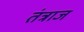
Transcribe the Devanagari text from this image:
तंत्राज